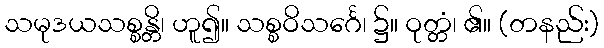
သမုဒယသစ္စန္တိ၊ ဟူ၍။ သစ္စဝိသင်္ဂေ၊ ၌။ ဝုတ္တံ၊ ၏။ (တနည်း)